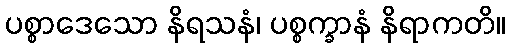
ပစ္စာဒေသော နိရသနံ၊ ပစ္စက္ခာနံ နိရာကတိ။